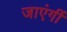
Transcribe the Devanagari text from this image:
जाएंगीं